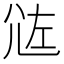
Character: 𡯛